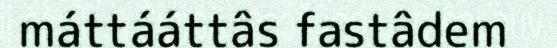
máttááttâs fastâdem